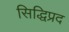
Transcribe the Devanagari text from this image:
सिद्धिप्रद